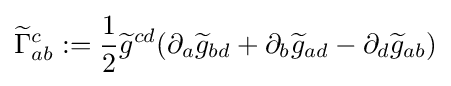
{\widetilde {\Gamma }}_{ab}^{c}:={\frac {1}{2}}{\widetilde {g}}^{cd}(\partial _{a}{\widetilde {g}}_{bd}+\partial _{b}{\widetilde {g}}_{ad}-\partial _{d}{\widetilde {g}}_{ab})